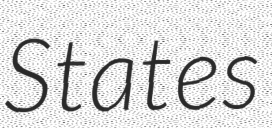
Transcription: States